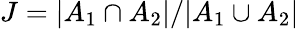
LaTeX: J=|A_{1}\cap A_{2}|/|A_{1}\cup A_{2}|